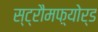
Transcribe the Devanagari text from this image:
स्ट्रौमफ़्योर्ड